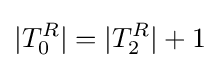
|T_{0}^{R}|=|T_{2}^{R}|+1